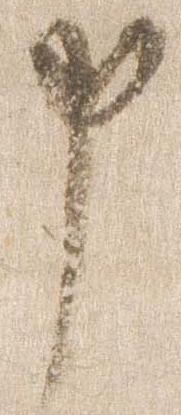
申